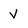
Character: v